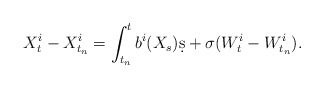
\begin{align*}X_t^i - X_{t_n}^i = \int_{t_n}^t b^i(X_s)\d s + \sigma(W_t^i - W_{t_n}^i).\end{align*}